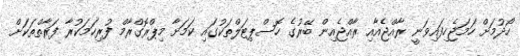
ހޯދުމަށް ހަމަޖެހިފައިވަނީ ރާއްޖެއާއި ރާއްޖެއިން ބޭރުގެ ހޮސްޕިޓަލްތަކުގައި ކަމަށާ މިޕްރޮގްރާމް ފުރިހަމަކުރާ ފަރާތްތަކަށް